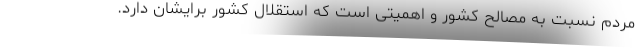
مردم نسبت به مصالح کشور و اهمیتی است که استقلال کشور برایشان دارد.